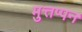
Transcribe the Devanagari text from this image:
मुत्तप्पन